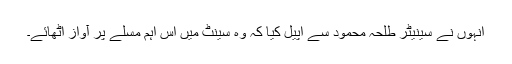
اُنہوں نے سینیٹر طلحہ محمود سے اپیل کیا کہ وہ سینٹ میں اس اہم مسلے پر آواز اُٹھائے۔